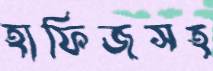
হাফিজসহ